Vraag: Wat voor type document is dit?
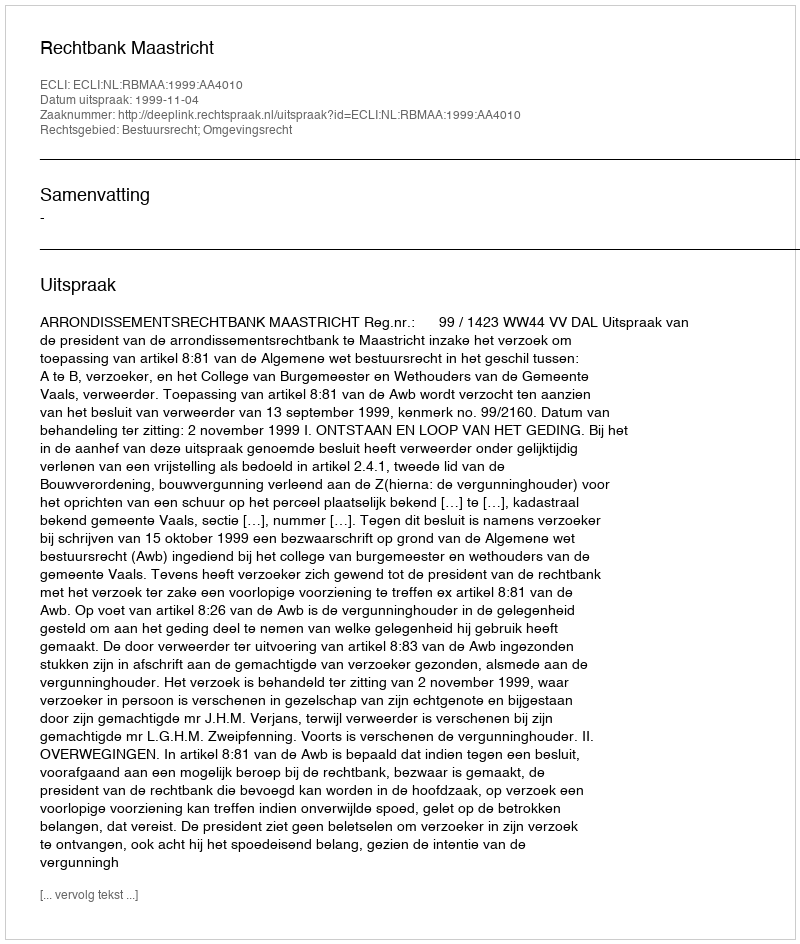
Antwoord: Uitspraak